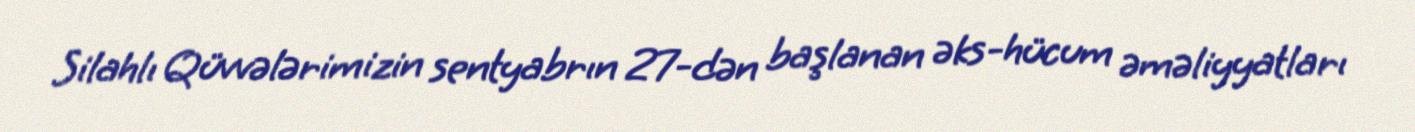
Silahlı Qüvvələrimizin sentyabrın 27-dən başlanan əks-hücum əməliyyatları